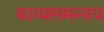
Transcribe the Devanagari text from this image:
काव्यसमन्वय